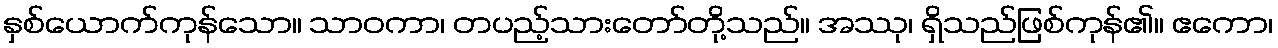
နှစ်ယောက်ကုန်သော။ သာဝကာ၊ တပည့်သားတော်တို့သည်။ အဿု၊ ရှိသည်ဖြစ်ကုန်၏။ ဧကော၊